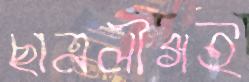
ছাত্রলীগই